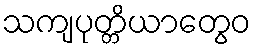
သကျပုတ္တိယာတွေဝ